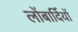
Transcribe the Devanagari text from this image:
लोंबार्दियों